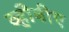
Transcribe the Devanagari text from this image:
व्हीबीए